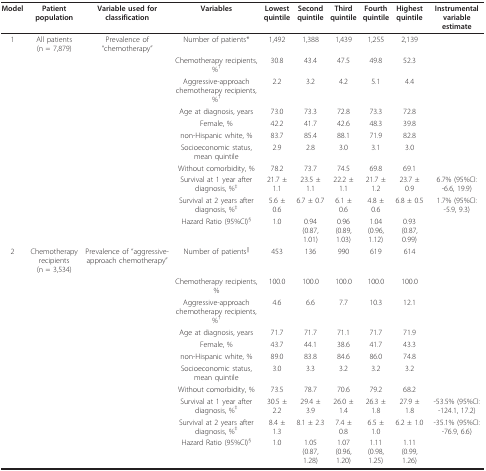
<table><thead><tr><td><b>Model</b></td><td><b>Patient population</b></td><td><b>Variable used for classification</b></td><td><b>Variables</b></td><td><b>Lowest quintile</b></td><td><b>Second quintile</b></td><td><b>Third quintile</b></td><td><b>Fourth quintile</b></td><td><b>Highest quintile</b></td><td><b>Instrumental variable estimate</b></td></tr></thead><tbody><tr><td>1</td><td>All patients(n = 7,879)</td><td>Prevalence of &quot;chemotherapy&quot;</td><td>Number of patients*</td><td>1,492</td><td>1,388</td><td>1,439</td><td>1,255</td><td>2,139</td><td></td></tr><tr><td></td><td></td><td></td><td>Chemotherapy recipients, %<sup>†</sup></td><td>30.8</td><td>43.4</td><td>47.5</td><td>49.8</td><td>52.3</td><td></td></tr><tr><td></td><td></td><td></td><td>Aggressive-approach chemotherapy recipients, %<sup>†</sup></td><td>2.2</td><td>3.2</td><td>4.2</td><td>5.1</td><td>4.4</td><td></td></tr><tr><td></td><td></td><td></td><td>Age at diagnosis, years</td><td>73.0</td><td>73.3</td><td>72.8</td><td>73.3</td><td>72.8</td><td></td></tr><tr><td></td><td></td><td></td><td>Female, %</td><td>42.2</td><td>41.7</td><td>42.6</td><td>48.3</td><td>39.8</td><td></td></tr><tr><td></td><td></td><td></td><td>non-Hispanic white, %</td><td>83.7</td><td>85.4</td><td>88.1</td><td>71.9</td><td>82.8</td><td></td></tr><tr><td></td><td></td><td></td><td>Socioeconomic status, mean quintile</td><td>2.9</td><td>2.8</td><td>3.0</td><td>3.1</td><td>3.0</td><td></td></tr><tr><td></td><td></td><td></td><td>Without comorbidity, %</td><td>78.2</td><td>73.7</td><td>74.5</td><td>69.8</td><td>69.1</td><td></td></tr><tr><td></td><td></td><td></td><td>Survival at 1 year after diagnosis, %<sup>‡</sup></td><td>21.7 ± 1.1</td><td>23.5 ± 1.1</td><td>22.2 ± 1.1</td><td>21.7 ± 1.2</td><td>23.7 ± 0.9</td><td>6.7% (95%CI: -6.6, 19.9)</td></tr><tr><td></td><td></td><td></td><td>Survival at 2 years after diagnosis, %<sup>‡</sup></td><td>5.6 ± 0.6</td><td>6.7 ± 0.7</td><td>6.1 ± 0.6</td><td>4.8 ± 0.6</td><td>6.8 ± 0.5</td><td>1.7% (95%CI: -5.9, 9.3)</td></tr><tr><td></td><td></td><td></td><td>Hazard Ratio (95%CI)<sup>§</sup></td><td>1.0</td><td>0.94 (0.87, 1.01)</td><td>0.96 (0.89, 1.03)</td><td>1.04 (0.96, 1.12)</td><td>0.93 (0.87, 0.99)</td><td></td></tr><tr><td>2</td><td>Chemotherapy recipients(n = 3,534)</td><td>Prevalence of &quot;aggressive-approach chemotherapy&quot;</td><td>Number of patients<sup>||</sup></td><td>453</td><td>136</td><td>990</td><td>619</td><td>614</td><td></td></tr><tr><td></td><td></td><td></td><td>Chemotherapy recipients, %</td><td>100.0</td><td>100.0</td><td>100.0</td><td>100.0</td><td>100.0</td><td></td></tr><tr><td></td><td></td><td></td><td>Aggressive-approach chemotherapy recipients, %<sup>†</sup></td><td>4.6</td><td>6.6</td><td>7.7</td><td>10.3</td><td>12.1</td><td></td></tr><tr><td></td><td></td><td></td><td>Age at diagnosis, years</td><td>71.7</td><td>71.7</td><td>71.1</td><td>71.7</td><td>71.9</td><td></td></tr><tr><td></td><td></td><td></td><td>Female, %</td><td>43.7</td><td>44.1</td><td>38.6</td><td>41.7</td><td>43.3</td><td></td></tr><tr><td></td><td></td><td></td><td>non-Hispanic white, %</td><td>89.0</td><td>83.8</td><td>84.6</td><td>86.0</td><td>74.8</td><td></td></tr><tr><td></td><td></td><td></td><td>Socioeconomic status, mean quintile</td><td>3.0</td><td>3.3</td><td>3.2</td><td>3.2</td><td>3.2</td><td></td></tr><tr><td></td><td></td><td></td><td>Without comorbidity, %</td><td>73.5</td><td>78.7</td><td>70.6</td><td>79.2</td><td>68.2</td><td></td></tr><tr><td></td><td></td><td></td><td>Survival at 1 year after diagnosis, %<sup>‡</sup></td><td>30.5 ± 2.2</td><td>29.4 ± 3.9</td><td>26.0 ± 1.4</td><td>26.3 ± 1.8</td><td>27.9 ± 1.8</td><td>-53.5% (95%CI: -124.1, 17.2)</td></tr><tr><td></td><td></td><td></td><td>Survival at 2 years after diagnosis, %<sup>‡</sup></td><td>8.4 ± 1.3</td><td>8.1 ± 2.3</td><td>7.4 ± 0.8</td><td>6.5 ± 1.0</td><td>6.2 ± 1.0</td><td>-35.1% (95%CI: -76.9, 6.6)</td></tr><tr><td></td><td></td><td></td><td>Hazard Ratio (95%CI)<sup>§</sup></td><td>1.0</td><td>1.05 (0.87, 1.28)</td><td>1.07 (0.96, 1.20)</td><td>1.11 (0.98, 1.25)</td><td>1.11 (0.99, 1.26)</td><td></td></tr></tbody></table>